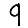
Digit: 9